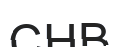
СНВ